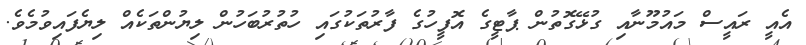
އެއީ ރައީސް މައުމޫނާއި ގުޅޭގޮތުން ޕާޓީގެ އޮފީހުގެ ފާރުތަކުގައި ހުތުރުބަހުން ލިޔުންތަކެއް ލިޔެފައިވުމެވެ.